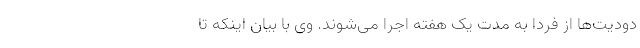
دودیت‌ها از فردا به مدت یک هفته اجرا می‌شوند. وی با بیان اینکه تا